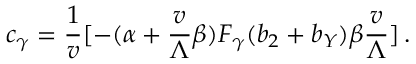
c _ { \gamma } = { \frac { 1 } { v } } [ - ( \alpha + { \frac { v } { \Lambda } } \beta ) F _ { \gamma } ( b _ { 2 } + b _ { Y } ) \beta { \frac { v } { \Lambda } } ] \, .